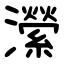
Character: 瀠